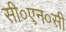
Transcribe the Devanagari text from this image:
सी०एन०सी